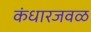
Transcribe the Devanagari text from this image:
कंधारजवळ